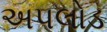
અપલોડ